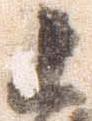
上